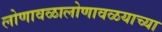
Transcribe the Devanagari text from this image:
लोणावळालोणावळयाच्या